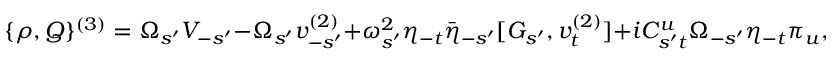
\{ \rho , { \cal Q } \} ^ { ( 3 ) } = \Omega _ { s ^ { \prime } } V _ { - s ^ { \prime } } - \Omega _ { s ^ { \prime } } v _ { - s ^ { \prime } } ^ { ( 2 ) } + \omega _ { s ^ { \prime } } ^ { 2 } \eta _ { - t } \bar { \eta } _ { - s ^ { \prime } } [ G _ { s ^ { \prime } } , v _ { t } ^ { ( 2 ) } ] + i C _ { s ^ { \prime } t } ^ { u } \Omega _ { - s ^ { \prime } } \eta _ { - t } \pi _ { u } ,